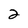
Character: 2